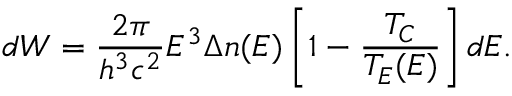
d W = \frac { 2 \pi } { h ^ { 3 } c ^ { 2 } } E ^ { 3 } \Delta n ( E ) \left[ 1 - \frac { T _ { C } } { T _ { E } ( E ) } \right] d E .